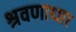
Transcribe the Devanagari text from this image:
श्रवणाधार